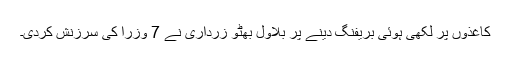
کاغذوں پر لکھی ہوئی بریفنگ دینے پر بلاول بھٹو زرداری نے 7 وزرا کی سرزنش کردی۔